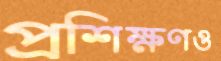
প্রশিক্ষণও